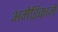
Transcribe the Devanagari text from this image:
अमेरिकामें